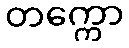
တက္ကော